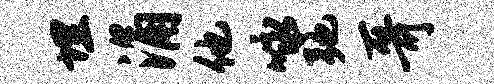
埋涌他咏弛哥